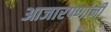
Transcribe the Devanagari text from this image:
आजारपणांनी